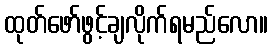
ထုတ်ဖော်ဖွင့်ချလိုက်ရမည်လော။